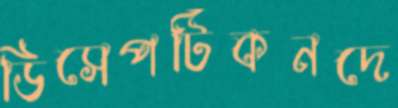
ডিসেপটিকনদে